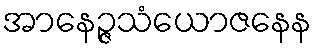
အာနေဉ္ဇသံယောဇနေန